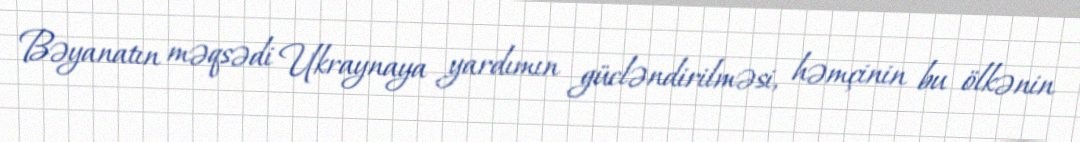
Bəyanatın məqsədi Ukraynaya yardımın gücləndirilməsi, həmçinin bu ölkənin